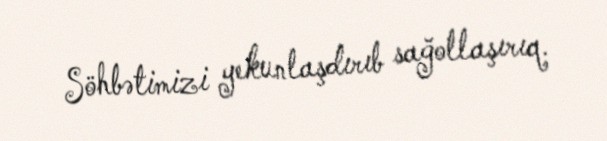
Söhbətimizi yekunlaşdırıb sağollaşırıq.